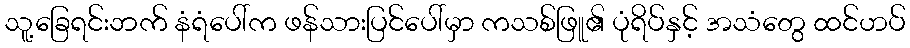
သူ့ခြေရင်းဘက် နံရံပေါ်က ဖန်သားပြင်ပေါ်မှာ ကသစ်ဖြူ၏ ပုံရိပ်နှင့် အသံတွေ ထင်ဟပ်